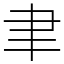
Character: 聿